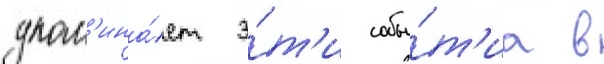
упом'ина́ет э́т'и собы́т'иа в